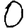
Digit: 0